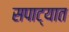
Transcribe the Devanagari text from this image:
सपाट्यात